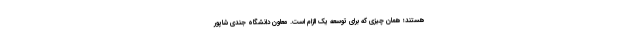
هستند؛ همان چیزی که برای توسعه یک الزام است. معاون دانشگاه جندی شاپور